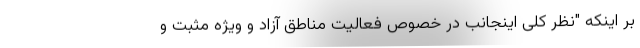
بر اینکه "نظر کلی اینجانب در خصوص فعالیت مناطق آزاد و ویژه مثبت و